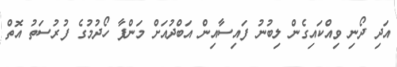
އަދި ދޯނި ވިއްކައިގެން ލިބުނު ފައިސާއިން އަބްދުއަށް މަންފާ ހޯދުމުގެ ފުރުސަތު އޮތް